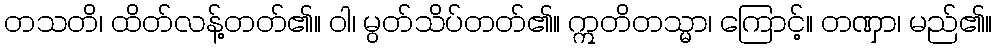
တသတိ၊ ထိတ်လန့်တတ်၏။ ဝါ၊ မွတ်သိပ်တတ်၏။ ဣတိတသ္မာ၊ ကြောင့်။ တဏှာ၊ မည်၏။